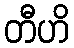
တီဟိ